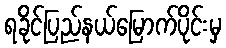
ရခိုင်ပြည်နယ်မြောက်ပိုင်းမှ